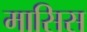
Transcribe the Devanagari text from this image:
मासिस